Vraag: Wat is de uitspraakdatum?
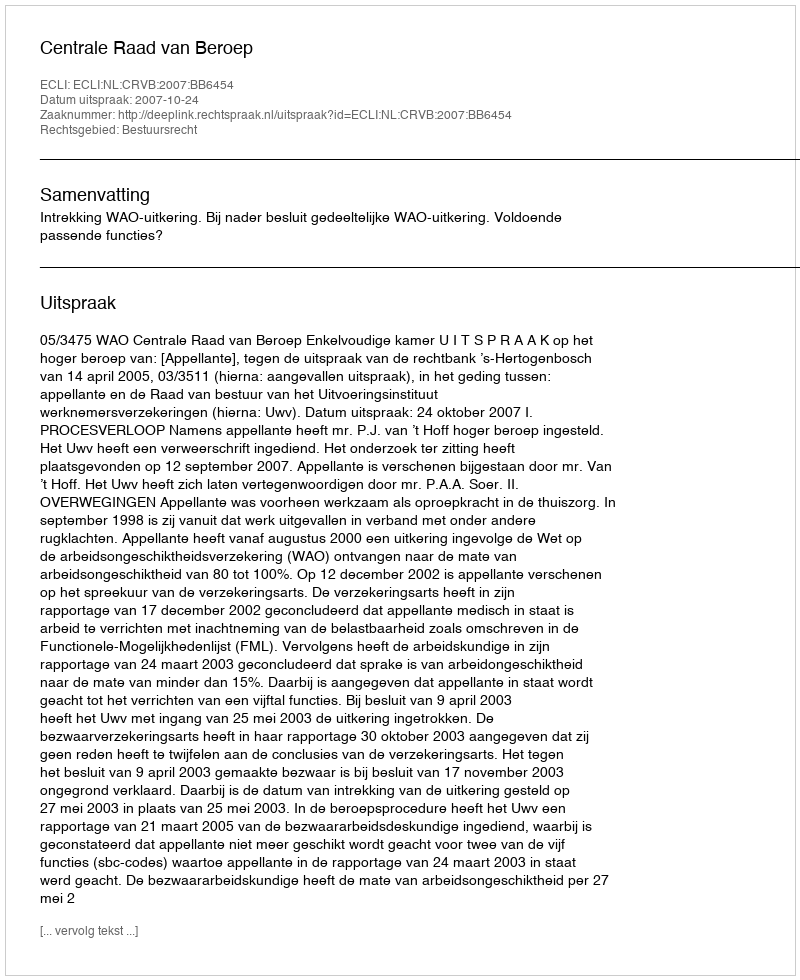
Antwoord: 2007-10-24